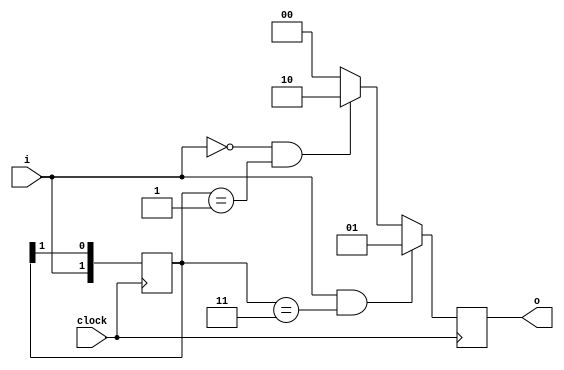
module MealyPattern(
	input        clock,
	input        i,
	output [1:0] o
);

reg [1:0] current;
reg [1:0] out;

always @(posedge clock)
    begin
        out <= 2'b00;

        if ( i == 1'b0 && current == 2'b01 ) // 001 -> ouput 10
            out <= 2'b10;

        if ( i == 1'b1 && current == 2'b11 ) // 111 -> ouput 01
            out <= 2'b01;

        current[0] = current[1]; //current updaten
        current[1] <= i;
    end

    assign o = out;

endmodule

module MealyPatternTestbench();

reg clock, in;
wire [1:0] out;
integer z;
reg [9:0] data;
reg [19:0] correct_out;

reg test_passed;

MealyPattern machine(.clock(clock), .i(in), .o(out));

initial
    begin
        clock = 0;
        data = 10'b1110011001; //output is 00, 00, 10, 00, 00, 00, 10, 00, 00, 01
        correct_out = 20'b01000010000000100000;
        test_passed = 1'b1;

        for(z = 0; z <= 9; z = z + 1)
        begin
            #2 clock = 1;
            in = data[z];
            #2 clock = 0;
            test_passed <= test_passed & (correct_out[2 * z] == out[0] & correct_out[2 * z + 1] == out[1]);


            $display( "Input = ", in, " Output = %2b", out);
        end

        if ( test_passed )
            $display("Test passed");
        else
            $display("Not passed");
    end

endmodule